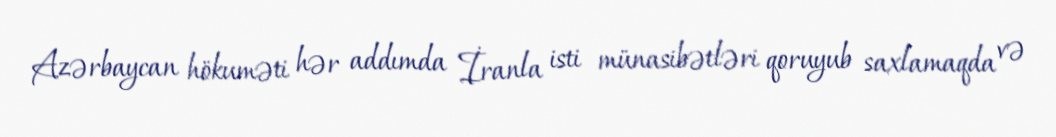
Azərbaycan hökuməti hər addımda İranla isti münasibətləri qoruyub saxlamaqda və